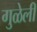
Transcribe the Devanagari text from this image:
गुळेली